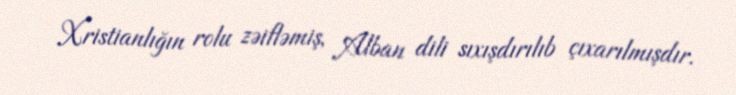
Xristianlığın rolu zəifləmiş, Alban dili sıxışdırılıb çıxarılmışdır.